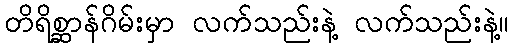
တိရိစ္ဆာန်ဂိမ်းမှာ လက်သည်းနဲ့ လက်သည်းနဲ့။